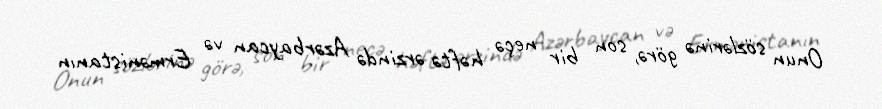
Onun sözlərinə görə, son bir neçə həftə ərzində Azərbaycan və Ermənistanın